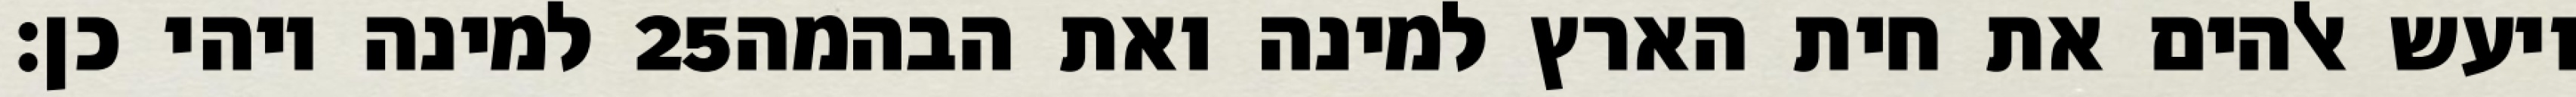
למינה ויהי כן׃ ‎25‏ ויעש אלהים את חית הארץ למינה ואת הבהמה